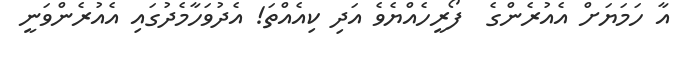
އާ ހަމަޔަށް އެއުރެންގެ  ފޯރީހެއްޔެވެ އަދި ކިއެއްތަ! އެދުވަހާމެދުގައި އެއުރެންވަނީ